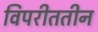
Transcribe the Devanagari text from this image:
विपरीततीन